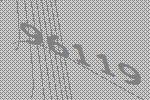
96119